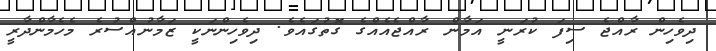
ދިވެހިން ރާއްޖެ ސިފަ ކުރަނީ އަމާން ރާއްޖެއެއްގެ ގޮތުގައެވެ. ދިވެހިންނަކީ ޒަމާނުއްސުރެ މެހެމާންދާރީ